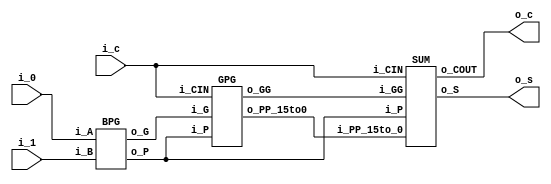
`timescale 1ns/100ps

module adder_16b (
    input [15:0] i_0,
    input [15:0] i_1,
    input i_c,

    output [15:0] o_s,
    output o_c
    );

    wire [15:0] w_G, w_P, w_GG;
    wire w_PP_15to0;

    BPG     u000(.i_A(i_0), .i_B(i_1), .o_G(w_G), .o_P(w_P));
    GPG     u001(.i_G(w_G), .i_P(w_P), .i_CIN(i_c), .o_GG(w_GG), .o_PP_15to0(w_PP_15to0));
    SUM     u002(.i_GG(w_GG), .i_P(w_P), .i_PP_15to_0(w_PP_15to0), .i_CIN(i_c), .o_S(o_s), .o_COUT(o_c));

endmodule


//---------------------------------------------------------------------------------
// Bitwise PG, Group PG, SUM

module BPG (
    input [15:0]    i_A, i_B,

    output [15:0]   o_G, o_P
    );

    genvar i;
    generate for (i = 0; i < 16; i = i + 1) begin
        GEN_PROP_CELL   u000(.i_A(i_A[i]), .i_B(i_B[i]), .o_G(o_G[i]), .o_P(o_P[i]));
    end endgenerate

endmodule

module GPG (
    input [15:0]    i_G, i_P,
    input           i_CIN,

    output [15:0]   o_GG,
    output          o_PP_15to0
    );

    wire [16:0] w_GG_S0 = {i_G[15:0], i_CIN};
    wire [16:1] w_PP_S0 = i_P[15:0];
    wire [16:0] w_GG_S1;
    wire [16:4] w_PP_S1;
    wire [16:0] w_GG_S2;


    // STAGE 1
    assign w_GG_S1[0] = w_GG_S0[0];
    GRAY_CELL   u000(.i_Ga(w_GG_S0[1]), .i_Pa(w_PP_S0[1]), .i_Gb(w_GG_S0[0]), .o_Y(w_GG_S1[1]));
    HVAL_G_3I   u001(.i_Ga(w_GG_S0[2]), .i_Pa(w_PP_S0[2]), .i_Gb(w_GG_S0[1]), .i_Pb(w_PP_S0[1]), .i_Gc(w_GG_S0[0]), .o_Ga2c(w_GG_S1[2]));
    HVAL_G_4I   u002(.i_Ga(w_GG_S0[3]), .i_Pa(w_PP_S0[3]), .i_Gb(w_GG_S0[2]), .i_Pb(w_PP_S0[2]), .i_Gc(w_GG_S0[1]), .i_Pc(w_PP_S0[1]), .i_Gd(w_GG_S0[0]), .o_Ga2d(w_GG_S1[3]));

    genvar i;
    generate for (i = 4; i < 17; i = i + 1) begin
        HVAL_B_4I   u003(.i_Ga(w_GG_S0[i]), .i_Pa(w_PP_S0[i]), .i_Gb(w_GG_S0[i-1]), .i_Pb(w_PP_S0[i-1]), .i_Gc(w_GG_S0[i-2]), .i_Pc(w_PP_S0[i-2]), .i_Gd(w_GG_S0[i-3]), .i_Pd(w_PP_S0[i-3]), .o_Ga2d(w_GG_S1[i]), .o_Pa2d(w_PP_S1[i]));
    end endgenerate

    // STAGE 2
    assign w_GG_S2[3:0] = w_GG_S1[3:0];

    generate for (i = 4; i < 8; i = i + 1) begin
        GRAY_CELL   u004(.i_Ga(w_GG_S1[i]), .i_Pa(w_PP_S1[i]), .i_Gb(w_GG_S1[i-4]), .o_Y(w_GG_S2[i]));
        HVAL_G_3I   u005(.i_Ga(w_GG_S1[i+4]), .i_Pa(w_PP_S1[i+4]), .i_Gb(w_GG_S1[i]), .i_Pb(w_PP_S1[i]), .i_Gc(w_GG_S1[i-4]), .o_Ga2c(w_GG_S2[i+4]));
        HVAL_G_4I   u006(.i_Ga(w_GG_S1[i+8]), .i_Pa(w_PP_S1[i+8]), .i_Gb(w_GG_S1[i+4]), .i_Pb(w_PP_S1[i+4]), .i_Gc(w_GG_S1[i]), .i_Pc(w_PP_S1[i]), .i_Gd(w_GG_S1[i-4]), .o_Ga2d(w_GG_S2[i+8]));
    end endgenerate

    HVAL_B_4I   u007(.i_Ga(w_GG_S1[16]), .i_Pa(w_PP_S1[16]), .i_Gb(w_GG_S1[12]), .i_Pb(w_PP_S1[12]), .i_Gc(w_GG_S1[8]), .i_Pc(w_PP_S1[8]), .i_Gd(w_GG_S1[4]),.i_Pd(w_PP_S1[4]), .o_Ga2d(w_GG_S2[13]), .o_Pa2d(o_PP_15to0));

    // Assign Output
    assign o_GG[15:0] = w_GG_S2[16:1];

endmodule

module SUM (
    input [15:0]    i_GG,
    input [15:0]    i_P,
    input           i_PP_15to_0,
    input           i_CIN,

    output [15:0]   o_S,
    output          o_COUT
    );
    
    wire [15:0] new_GG = {i_GG[14:0], i_CIN};

    genvar i;
    generate for (i = 0; i < 16; i = i + 1) begin
       XOR_2I1O u000(.i0(i_P[i]), .i1(new_GG[i]), .o(o_S[i]));
    end endgenerate

    GRAY_CELL   u001(.i_Ga(i_GG[15]), .i_Pa(i_PP_15to_0), .i_Gb(i_CIN), .o_Y(o_COUT));

endmodule



//---------------------------------------------------------------------------------
// Cell : Gray, generate & Propagate, 3-higher valency Gray & Black, 4-higher valency Gray & Black

module GRAY_CELL (
        input i_Ga, i_Pa,
        input i_Gb,

        output o_Y
    );

    wire w0, w1;

    INV         u000(.i(i_Ga), .o(w0));
    NAND_2I1O   u001(.i0(i_Pa), .i1(i_Gb), .o(w1));
    NAND_2I1O   u002(.i0(w0), .i1(w1), .o(o_Y));

endmodule

module GEN_PROP_CELL (
        input i_A,
        input i_B,

        output o_G,
        output o_P
    );

    wire w0, w1, w2;

    NAND_2I1O   u000(.i0(i_A), .i1(i_B), .o(w0));

    NAND_2I1O   u001(.i0(i_A), .i1(w0), .o(w1));
    NAND_2I1O   u002(.i0(i_B), .i1(w0), .o(w2));

    NAND_2I1O   u003(.i0(w1), .i1(w2), .o(o_G));

    INV         u004(.i(w0), .o(o_P));

endmodule

module HVAL_G_3I (
        input i_Ga, i_Pa,
        input i_Gb, i_Pb,
        input i_Gc,

        output o_Ga2c
    );

    wire w0, w1, w2;

    NAND_3I1O   u000(.i0(i_Pa), .i1(i_Pb), .i2(i_Gc), .o(w0));
    NAND_2I1O   u001(.i0(i_Pa), .i1(i_Gb), .o(w1));
    INV         u002(.i(i_Ga), .o(w2));

    NOR_3I1O    u003(.i0(w0), .i1(w1), .i2(w2), .o(o_Ga2c));

endmodule

module HVAL_G_4I (
        input i_Ga, i_Pa,
        input i_Gb, i_Pb,
        input i_Gc, i_Pc,
        input i_Gd,

        output o_Ga2d
    );

    wire w0, w1, w2, w3;

    NAND_4I1O   u000(.i0(i_Pa), .i1(i_Pb), .i2(i_Pc), .i3(i_Gd), .o(w0));
    NAND_3I1O   u001(.i0(i_Pa), .i1(i_Pb), .i2(i_Gc), .o(w1));
    NAND_2I1O   u002(.i0(i_Pa), .i1(i_Gb), .o(w2));
    INV         u003(.i(i_Ga), .o(w3));

    NOR_4I1O    u004(.i0(w0), .i1(w1), .i2(w2), .i3(w3), .o(o_Ga2d));

endmodule

module HVAL_B_3I (
        input i_Ga, i_Pa,
        input i_Gb, i_Pb,
        input i_Gc, i_Pc,

        output o_Ga2c, o_Pa2c
    );

    wire w0;

    HVAL_G_3I   u000(.i_Ga(i_Ga), .i_Pa(i_Pa), .i_Gb(i_Gb), .i_Pb(i_Pb), .i_Gc(i_Gc), .o_Ga2c(o_Ga2c));

    NAND_3I1O   u001(.i0(i_Pa), .i1(i_Pb), .i2(i_Pc), .o(w0));
    INV         u002(.i(w0), .o(o_Pa2c));

endmodule

module HVAL_B_4I (
        input i_Ga, i_Pa,
        input i_Gb, i_Pb,
        input i_Gc, i_Pc,
        input i_Gd, i_Pd,

        output o_Ga2d, o_Pa2d
    );

    wire w0;

    HVAL_G_4I   u000(.i_Ga(i_Ga), .i_Pa(i_Pa), .i_Gb(i_Gb), .i_Pb(i_Pb), .i_Gc(i_Gc), .i_Pc(i_Pc), .i_Gd(i_Gd), .o_Ga2d(o_Ga2d));

    NAND_4I1O   u001(.i0(i_Pa), .i1(i_Pb), .i2(i_Pc), .i3(i_Pd), .o(w0));
    INV         u002(.i(w0), .o(o_Pa2d));

endmodule


//---------------------------------------------------------------------------------
// XOR GATE

module XOR_2I1O (
        input i0,
        input i1,
        output o
    );

    wire w0, w1, w2;

    NAND_2I1O   u000(.i0(i0), .i1(i1), .o(w0));

    NAND_2I1O   u001(.i0(i0), .i1(w0), .o(w1));
    NAND_2I1O   u002(.i0(i1), .i1(w0), .o(w2));

    NAND_2I1O   u003(.i0(w1), .i1(w2), .o(o));

endmodule



///////////////////////////////////////////////////////////////////////////////////
// Don't modify the following primitive logic gates

module NAND_2I1O (i0, i1, o);
input i0;
input i1;
output o;

assign #(0.1, 0.2) o = ~(i0 & i1);

endmodule

module NAND_3I1O (i0, i1, i2, o);
input i0;
input i1;
input i2;
output o;

assign #(0.1, 0.3) o = ~(i0 & i1 & i2);

endmodule

module NAND_4I1O (i0, i1, i2, i3, o);
input i0;
input i1;
input i2;
input i3;
output o;

assign #(0.1, 0.4) o = ~(i0 & i1 & i2 & i3);

endmodule

module NOR_2I1O (i0, i1, o);
input i0;
input i1;
output o;

assign #(0.2, 0.1) o = ~(i0 | i1);

endmodule

module NOR_3I1O (i0, i1, i2, o);
input i0;
input i1;
input i2;
output o;

assign #(0.3, 0.1) o = ~(i0 | i1 | i2);

endmodule

module NOR_4I1O (i0, i1, i2, i3, o);
input i0;
input i1;
input i2;
input i3;
output o;

assign #(0.4, 0.1) o = ~(i0 | i1 | i2 | i3);

endmodule


module INV (i, o);
input i;
output o;

assign #(0.1, 0.1) o = ~i;

endmodule